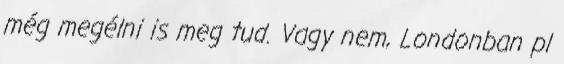
még megélni is meg tud. Vagy nem, Londonban pl